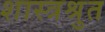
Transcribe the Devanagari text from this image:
शास्त्रश्रुत